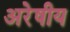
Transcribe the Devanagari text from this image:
अरेषीय